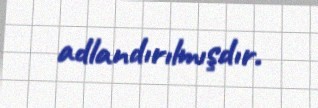
adlandırılmışdır.